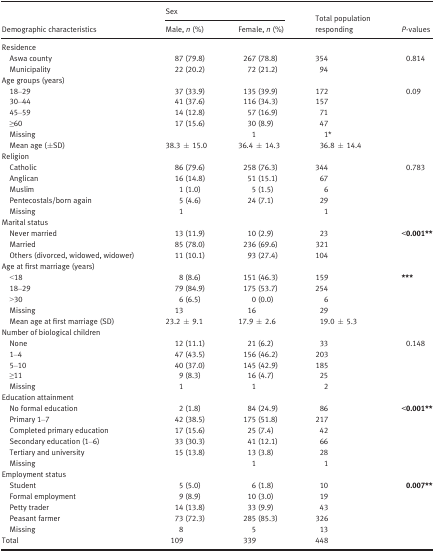
<table><thead><tr><td rowspan="2"><b>Demographic characteristics</b></td><td colspan="2"><b>Sex</b></td><td rowspan="2"><b>Total population responding</b></td><td rowspan="2"><b><i>P</i>‐values</b></td></tr><tr><td><b>Male, <i>n</i> (%)</b></td><td><b>Female, <i>n</i> (%)</b></td></tr></thead><tbody><tr><td colspan="5">Residence</td></tr><tr><td>Aswa county</td><td>87 (79.8)</td><td>267 (78.8)</td><td>354</td><td rowspan="2">0.814</td></tr><tr><td>Municipality</td><td>22 (20.2)</td><td>72 (21.2)</td><td>94</td></tr><tr><td colspan="5">Age groups (years)</td></tr><tr><td>18–29</td><td>37 (33.9)</td><td>135 (39.9)</td><td>172</td><td rowspan="4">0.09</td></tr><tr><td>30–44</td><td>41 (37.6)</td><td>116 (34.3)</td><td>157</td></tr><tr><td>45–59</td><td>14 (12.8)</td><td>57 (16.9)</td><td>71</td></tr><tr><td>≥60</td><td>17 (15.6)</td><td>30 (8.9)</td><td>47</td></tr><tr><td>Missing</td><td></td><td>1</td><td>1*</td><td></td></tr><tr><td>Mean age (±SD)</td><td>38.3 ± 15.0</td><td>36.4 ± 14.3</td><td>36.8 ± 14.4</td><td></td></tr><tr><td colspan="5">Religion</td></tr><tr><td>Catholic</td><td>86 (79.6)</td><td>258 (76.3)</td><td>344</td><td rowspan="4">0.783</td></tr><tr><td>Anglican</td><td>16 (14.8)</td><td>51 (15.1)</td><td>67</td></tr><tr><td>Muslim</td><td>1 (1.0)</td><td>5 (1.5)</td><td>6</td></tr><tr><td>Pentecostals/born again</td><td>5 (4.6)</td><td>24 (7.1)</td><td>29</td></tr><tr><td>Missing</td><td>1</td><td></td><td>1</td><td></td></tr><tr><td colspan="5">Marital status</td></tr><tr><td>Never married</td><td>13 (11.9)</td><td>10 (2.9)</td><td>23</td><td rowspan="3"><b>&lt;0.001</b>**</td></tr><tr><td>Married</td><td>85 (78.0)</td><td>236 (69.6)</td><td>321</td></tr><tr><td>Others (divorced, widowed, widower)</td><td>11 (10.1)</td><td>93 (27.4)</td><td>104</td></tr><tr><td colspan="5">Age at first marriage (years)</td></tr><tr><td>&lt;18</td><td>8 (8.6)</td><td>151 (46.3)</td><td>159</td><td rowspan="3">***</td></tr><tr><td>18–29</td><td>79 (84.9)</td><td>175 (53.7)</td><td>254</td></tr><tr><td>&gt;30</td><td>6 (6.5)</td><td>0 (0.0)</td><td>6</td></tr><tr><td>Missing</td><td>13</td><td>16</td><td>29</td><td></td></tr><tr><td>Mean age at first marriage (SD)</td><td>23.2 ± 9.1</td><td>17.9 ± 2.6</td><td>19.0 ± 5.3</td><td></td></tr><tr><td colspan="5">Number of biological children</td></tr><tr><td>None</td><td>12 (11.1)</td><td>21 (6.2)</td><td>33</td><td rowspan="4">0.148</td></tr><tr><td>1–4</td><td>47 (43.5)</td><td>156 (46.2)</td><td>203</td></tr><tr><td>5–10</td><td>40 (37.0)</td><td>145 (42.9)</td><td>185</td></tr><tr><td>≥11</td><td>9 (8.3)</td><td>16 (4.7)</td><td>25</td></tr><tr><td>Missing</td><td>1</td><td>1</td><td>2</td><td></td></tr><tr><td colspan="5">Education attainment</td></tr><tr><td>No formal education</td><td>2 (1.8)</td><td>84 (24.9)</td><td>86</td><td rowspan="5"><b>&lt;0.001</b>**</td></tr><tr><td>Primary 1–7</td><td>42 (38.5)</td><td>175 (51.8)</td><td>217</td></tr><tr><td>Completed primary education</td><td>17 (15.6)</td><td>25 (7.4)</td><td>42</td></tr><tr><td>Secondary education (1–6)</td><td>33 (30.3)</td><td>41 (12.1)</td><td>66</td></tr><tr><td>Tertiary and university</td><td>15 (13.8)</td><td>13 (3.8)</td><td>28</td></tr><tr><td>Missing</td><td></td><td>1</td><td>1</td><td></td></tr><tr><td colspan="5">Employment status</td></tr><tr><td>Student</td><td>5 (5.0)</td><td>6 (1.8)</td><td>10</td><td rowspan="4">0.007**</td></tr><tr><td>Formal employment</td><td>9 (8.9)</td><td>10 (3.0)</td><td>19</td></tr><tr><td>Petty trader</td><td>14 (13.8)</td><td>33 (9.9)</td><td>43</td></tr><tr><td>Peasant farmer</td><td>73 (72.3)</td><td>285 (85.3)</td><td>326</td></tr><tr><td>Missing</td><td>8</td><td>5</td><td>13</td><td></td></tr><tr><td>Total</td><td>109</td><td>339</td><td>448</td><td></td></tr></tbody></table>